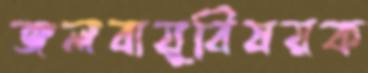
জলবায়ুবিষয়ক